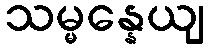
သမ္မန္နေယျ